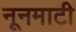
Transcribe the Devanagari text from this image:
नूनमाटी